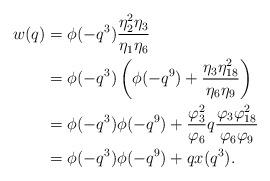
LaTeX: \begin{align*}w(q) &= \phi(-q^3)\frac{\eta_2^2\eta_3}{\eta_1\eta_6}\\&= \phi(-q^3)\left(\phi(-q^9)+\frac{\eta_3\eta_{18}^2}{\eta_6\eta_9}\right)\\&= \phi(-q^3)\phi(-q^9)+\frac{\varphi_3^2}{\varphi_6}q\frac{\varphi_3\varphi_{18}^2}{\varphi_6\varphi_9}\\&=\phi(-q^3)\phi(-q^9)+qx(q^3).\end{align*}